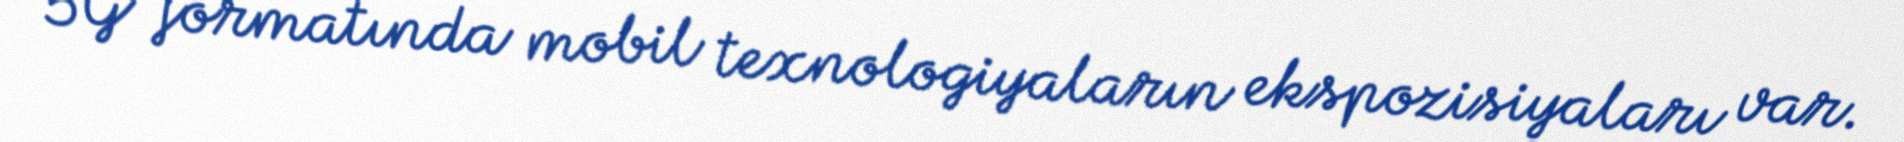
5G formatında mobil texnologiyaların ekspozisiyaları var.